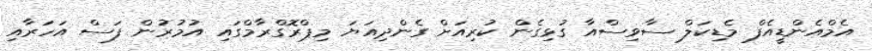
އެމްއެންޑީއެފް މެޑިކަލް ސާވިސްއާ ގުޅިގެން ކުރިއަށް ގެންދިއަޔަ މިޕްރޮގްރާމްގައި އުމުރުން ފަސް އަހަރާއި